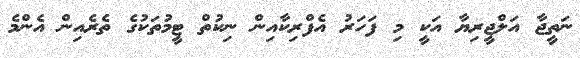
ނަތީޖާ އަލްޖީރިޔާ އަކީ މި ފަހަރު އެފްރިކާއިން ނިކުތް ޓީމުތަކުގެ ތެރެއިން އެންމެ